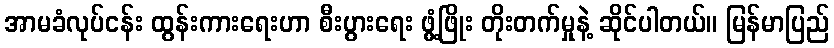
အာမခံလုပ်ငန်း ထွန်းကားရေးဟာ စီးပွားရေး ဖွံ့ဖြိုး တိုးတက်မှုနဲ့ ဆိုင်ပါတယ်။ မြန်မာပြည်